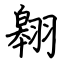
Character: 翱